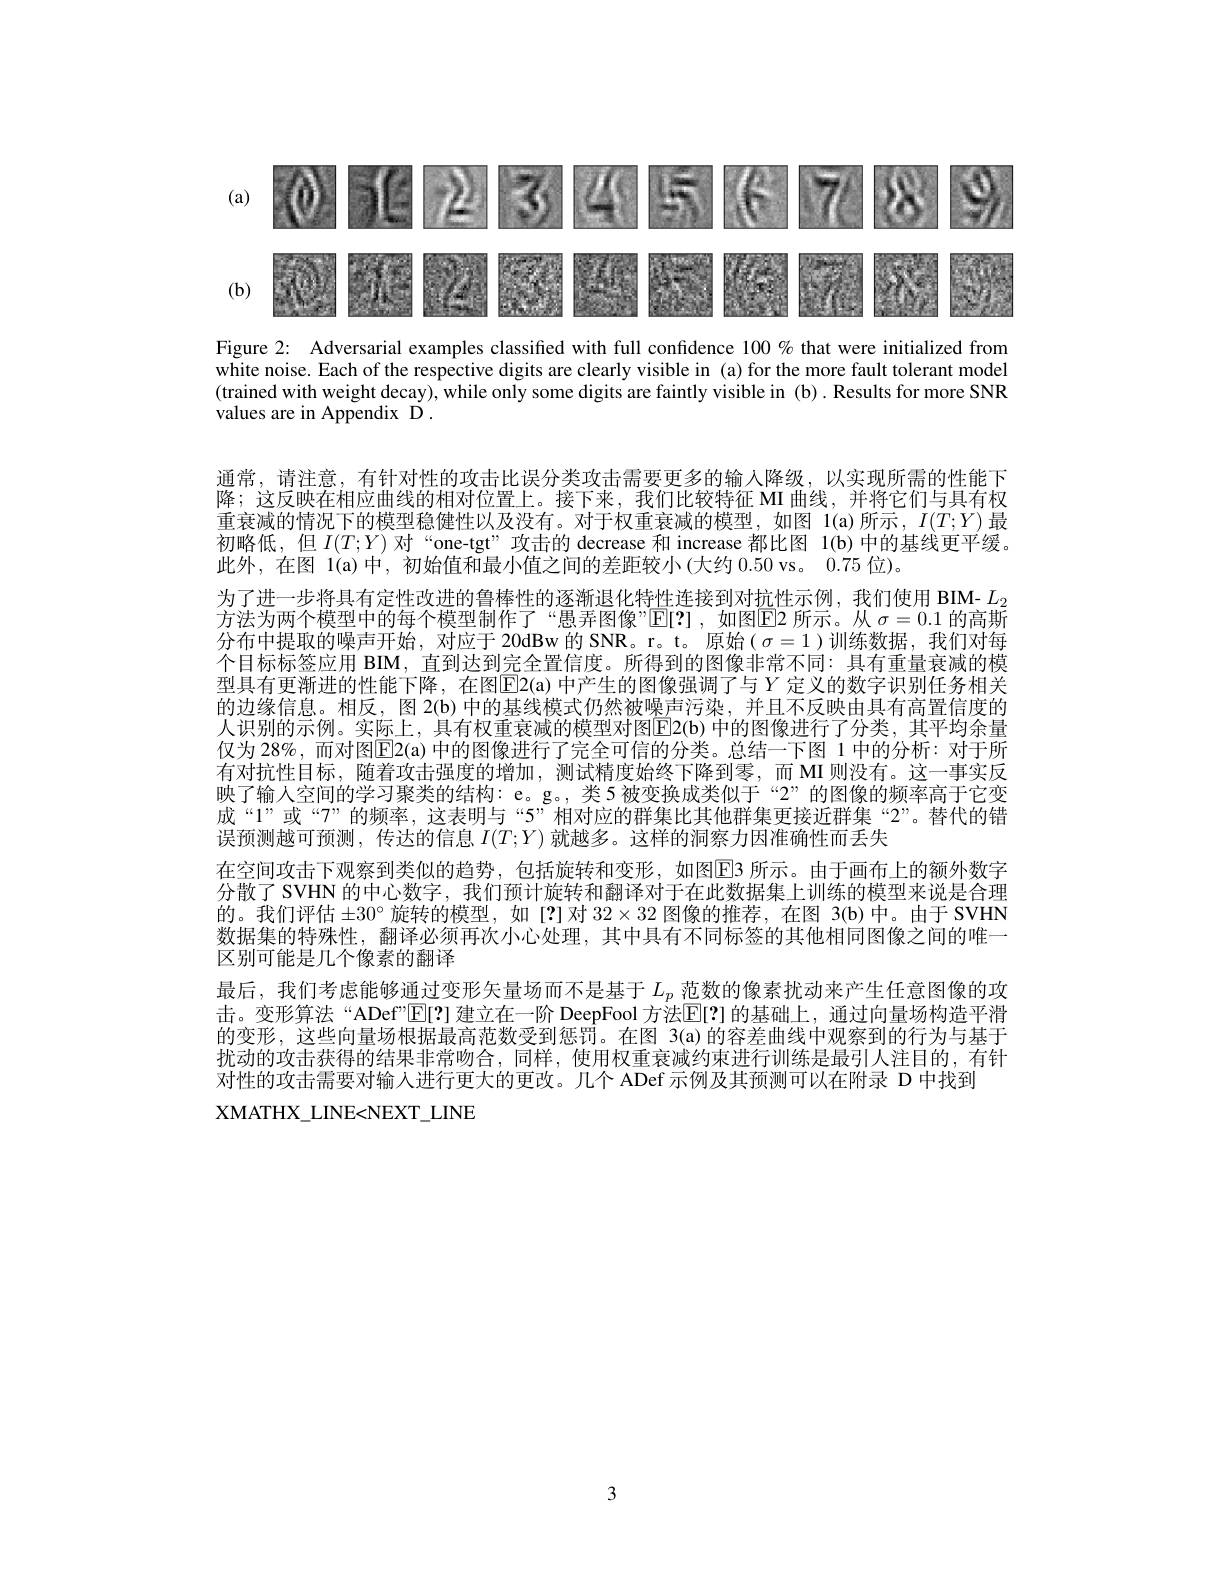
<FigureHere>

Figure 2: Adversarial examples classified with full confidence $100\%$ that were initialized from white noise. Each of the respective digits are clearly visible in (a) for the more fault tolerant model (trained with weight decay), while only some digits are faintly visible in (b). Results for more SNR values are in Appendix D .

通常，请注意，有针对性的攻击比误分类攻击需要更多的输入降级，以实现所需的性能下降；这反映在相应曲线的相对位置上。接下来，我们比较特征 MI 曲线，并将它们与具有权重衰减的情况下的模型稳健性以及没有。对于权重衰减的模型，如图 1(a)所示，$I(T;Y)$最初略低，但$I(T;Y)$对“one-tgt”攻击的 decrease 和 increase 都比图 1(b)中的基线更平缓。此外，在图 1(a)中，初始值和最小值之间的差距较小(大约 0.50 vs。0.75 位)。
为了进一步将具有定性改进的鲁棒性的逐渐退化特性连接到对抗性示例，我们使用 BIM- $L_2$ 方法为两个模型中的每个模型制作了“愚弄图像”$\operatorname{E}[?]$,如图$\operatorname{E}$2 所示。从 $\sigma=0.1$ 的高斯分布中提取的噪声开始，对应于 20dBw 的 SNR。r。t。原始( $\sigma=1$ )训练数据，我们对每个目标标签应用 BIM, 直到达到完全置信度。所得到的图像非常不同：具有重量衰减的模型具有更渐进的性能下降，在图$\overline{\mathrm{E}}$2(a)中产生的图像强调了与$Y$定义的数字识别任务相关的边缘信息。相反，图 2(b) 中的基线模式仍然被噪声污染，并且不反映由具有高置信度的人识别的示例。实际上，具有权重衰减的模型对图E2(b)中的图像进行了分类，其平均余量仅为 28%, 而对图$\overline{\mathrm{E}}$2(a) 中的图像进行了完全可信的分类。总结一下图 1 中的分析：对于所有对抗性目标，随着攻击强度的增加，测试精度始终下降到零，而 MI 则没有。这一事实反映了输人空间的学习聚类的结构：e。g。,类5被变换成类似于“2”的图像的频率高于它变成“1”或“7”的频率，这表明与“5”相对应的群集比其他群集更接近群集“2”。替代的错误预测越可预测，传达的信息$I(T;Y)$就越多。这样的洞察力因准确性而丢失
在空间攻击下观察到类似的趋势，包括旋转和变形，如图$\overline{\mathrm{E}}$3 所示。由于画布上的额外数字分散了 SVHN 的中心数字，我们预计旋转和翻译对于在此数据集上训练的模型来说是合理的。我们评估$\pm30^\circ$旋转的模型，如[?]对$32\times32$图像的推荐，在图 3(b)中。由于 SVHN 数据集的特殊性，翻译必须再次小心处理，其中具有不同标签的其他相同图像之间的唯一区别可能是几个像素的翻译
最后，我们考虑能够通过变形矢量场而不是基于$L_p$范数的像素扰动来产生任意图像的攻击。变形算法“ADef”[E[?] 建立在一阶 DeepFool 方法$\mathbb{E}[?]$ 的基础上，通过向量场构造平滑的变形，这些向量场根据最高范数受到惩罚。在图 3(a)的容差曲线中观察到的行为与基于扰动的攻击获得的结果非常吻合，同样，使用权重衰减约束进行训练是最引人注目的，有针对性的攻击需要对输入进行更大的更改。几个 ADef 示例及其预测可以在附录 D 中找到
XMATHX\_LINE<NEXT\_LINE

3